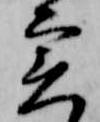
実